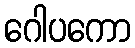
ဂေါပကော